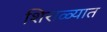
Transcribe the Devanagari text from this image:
शिराळ्यात